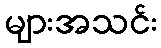
များအသင်း